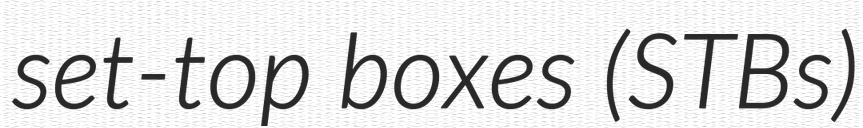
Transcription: set-top boxes (STBs)